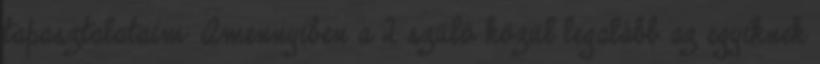
tapasztalataim: Amennyiben a 2 szülő közül legalább az egyiknek